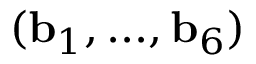
( \mathbf { b } _ { 1 } , . . . , \mathbf { b } _ { 6 } )